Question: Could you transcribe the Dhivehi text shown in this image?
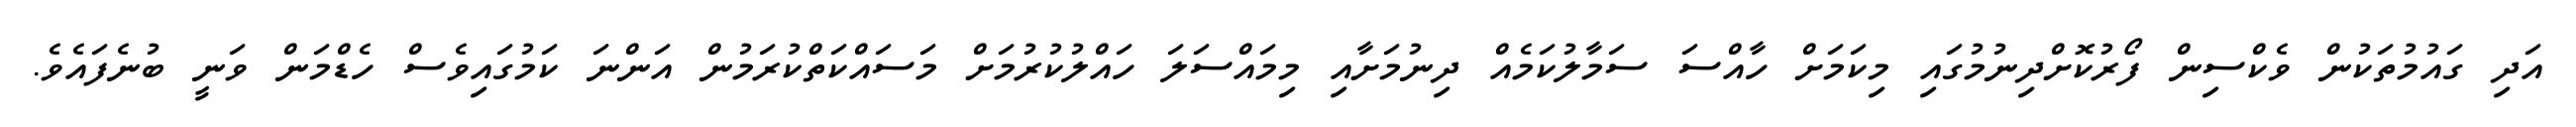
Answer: އަދި ގައުމުތަކުން ވެކްސިން ފޯރުކޮށްދިނުމުގައި މިކަމަށް ހާއްސަ ސަމާލުކަމެއް ދިނުމަށާއި މިމައްސަލަ ހައްލުކުރުމަށް މަސައްކަތްކުރަމުން އަންނަ ކަމުގައިވެސް ހެޑްމަން ވަނީ ބުނެފައެވެ.